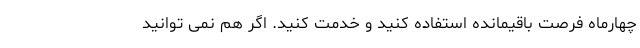
چهارماه فرصت باقیمانده استفاده کنید و خدمت کنید. اگر هم نمی توانید